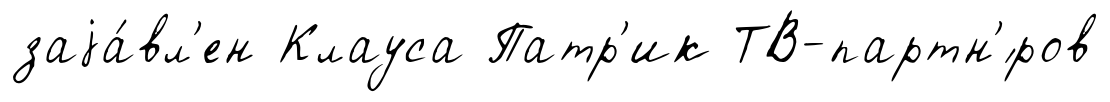
заjа́вл'ен Клауса Патр'ик ТВ-партн'́ров